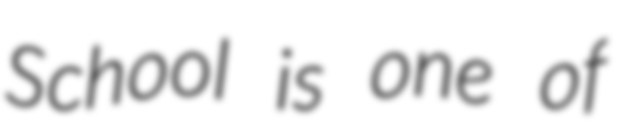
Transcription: School is one of